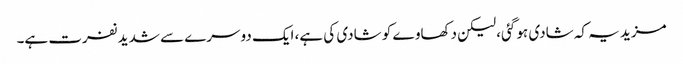
مزید یہ کہ شادی ہو گئی، لیکن دکھاوے کو شادی کی ہے، ایک دوسرے سے شدید نفرت ہے۔